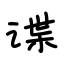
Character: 谍